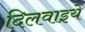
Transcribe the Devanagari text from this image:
दिलवाइये